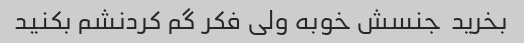
بخرید  جنسش خوبه ولی فکر گم کردنشم بکنید